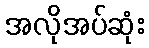
အလိုအပ်ဆုံး